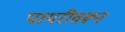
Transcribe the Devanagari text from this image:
पायरीवरून